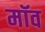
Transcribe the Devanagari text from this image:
मॉव